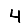
Digit: 4